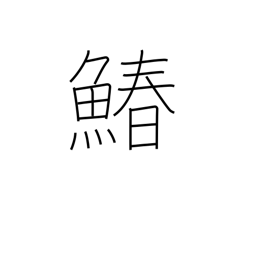
Meaning: Spanish mackerel